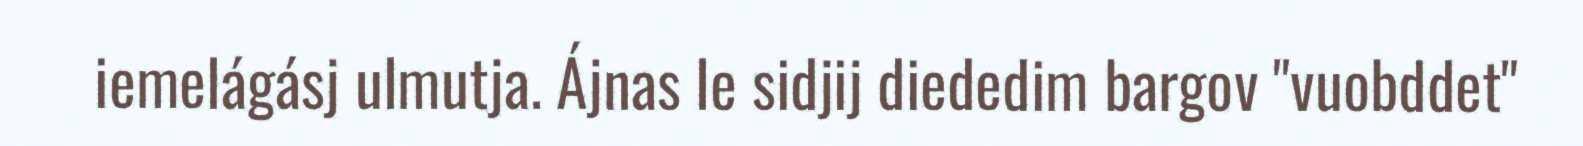
iemelágásj ulmutja. Ájnas le sidjij diededim bargov "vuobddet"